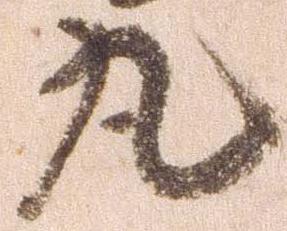
丸